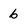
Character: b